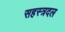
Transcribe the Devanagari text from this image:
सहस्त्रदल